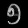
Digit: ၅